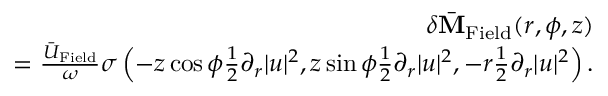
\begin{array} { r l r } & { } & { \delta \bar { \bf M } _ { \mathrm { F i e l d } } ( r , \phi , z ) } \\ & { } & { = \frac { \bar { U } _ { \mathrm { F i e l d } } } { \omega } \sigma \left( - z \cos \phi \frac { 1 } { 2 } \partial _ { r } | u | ^ { 2 } , z \sin \phi \frac { 1 } { 2 } \partial _ { r } | u | ^ { 2 } , - r \frac { 1 } { 2 } \partial _ { r } | u | ^ { 2 } \right) . } \end{array}